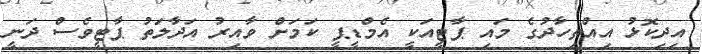
އިދިކޮޅު އިއްތިހާދުގެ މައި ޕާޓީއަކީ އެމްޑީޕީ ކަމަށް ވާއިރު އަދާލަތު ޕާޓީވެސް ދަނީ